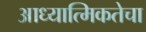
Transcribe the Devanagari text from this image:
आध्यात्मिकतेचा